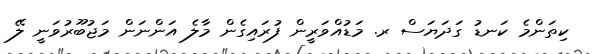
ކިތަންމެ ކަނޑު ގަދަޔަސް ރ. މަޑުއްވަރީން ފުރައިގެން މާލެ އަންނަން މަޖުބޫރުވަނީ ލޭ